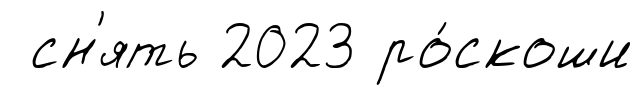
сн'ять 2023 ро́скоши